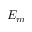
E _ { m }